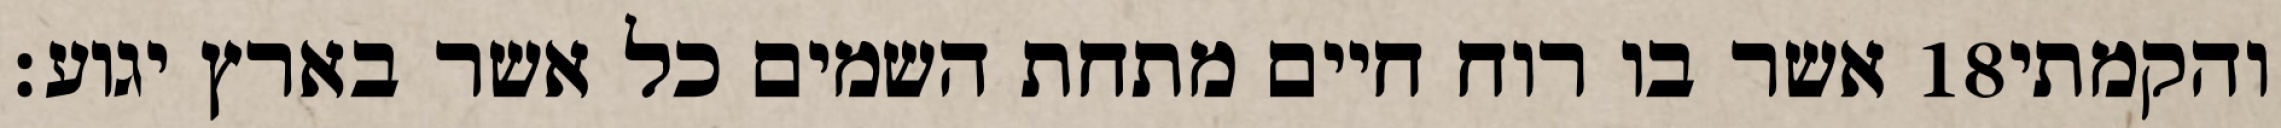
אשר בו רוח חיים מתחת השמים כל אשר בארץ יגוע׃ ‎18‏ והקמתי